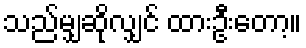
သည်မျှဆိုလျှင် ထားဦးတော့။